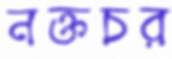
নক্তচর